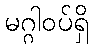
မဂ္ဂါဝပ်ရှိ